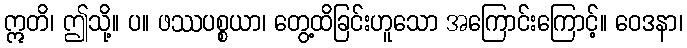
ဣတိ၊ ဤသို့။ ပ။ ဖဿပစ္စယာ၊ တွေ့ထိခြင်းဟူသော အကြောင်းကြောင့်။ ဝေဒနာ၊